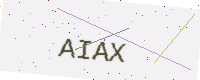
Text: AIAX